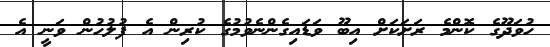
ހުވަދޫގެ ކޮންމެ ރަށަކަށް އިބޫ ވަޑައިގެންނެވުމުގެ ކުރިން އެ ފުލުހުން ވަނީ އެ